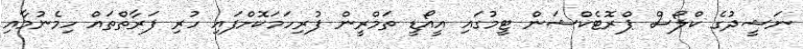
ނަޝީދުގެ ކްލޯސް ޕްރޮޓެކްޝަން ޓީމުގައި އީއޯޑީ ތަމްރީން ފުރިހަމަކޮށްފައި ހުރި ފަރާތްތައް ހިމެނުމާއި